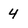
Character: 4